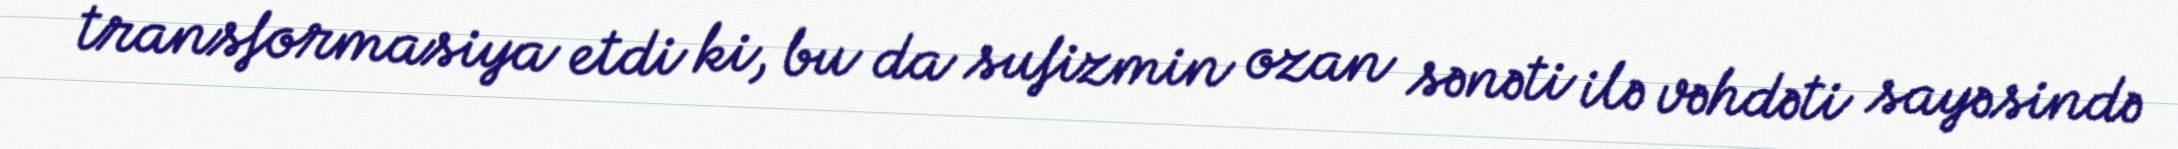
transformasiya etdi ki, bu da sufizmin ozan sənəti ilə vəhdəti sayəsində